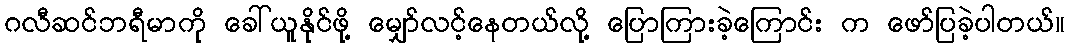
ဂလီဆင်ဘရီမာကို ခေါ်ယူနိုင်ဖို့ မျှော်လင့်နေတယ်လို့ ပြောကြားခဲ့ကြောင်း က ဖော်ပြခဲ့ပါတယ်။